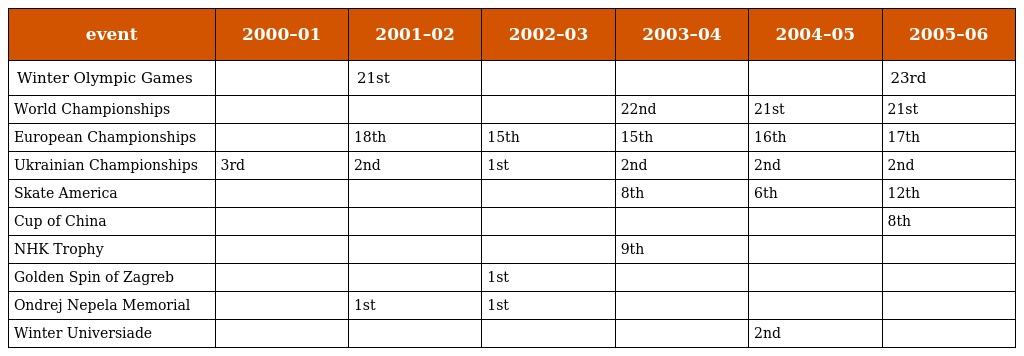
| event | 2000–01 | 2001–02 | 2002–03 | 2003–04 | 2004–05 | 2005–06 |
 | --- | --- | --- | --- | --- | --- | --- |
 | Winter Olympic Games |  | 21st |  |  |  | 23rd |
 | World Championships |  |  |  | 22nd | 21st | 21st |
 | European Championships |  | 18th | 15th | 15th | 16th | 17th |
 | Ukrainian Championships | 3rd | 2nd | 1st | 2nd | 2nd | 2nd |
 | Skate America |  |  |  | 8th | 6th | 12th |
 | Cup of China |  |  |  |  |  | 8th |
 | NHK Trophy |  |  |  | 9th |  |  |
 | Golden Spin of Zagreb |  |  | 1st |  |  |  |
 | Ondrej Nepela Memorial |  | 1st | 1st |  |  |  |
 | Winter Universiade |  |  |  |  | 2nd |  |